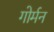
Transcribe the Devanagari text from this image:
गोर्मन